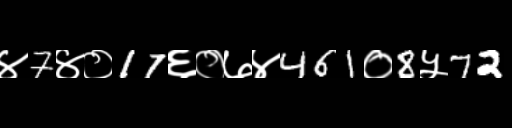
Text: ४7४०17६०७४461०8५72